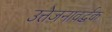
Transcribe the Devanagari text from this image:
उत्तेजनावर्द्धक